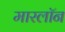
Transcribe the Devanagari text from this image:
मारलॉन